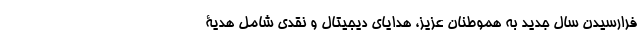
فرارسیدن سال جدید به هموطنان عزیز، هدایای دیجیتال و نقدی شامل هدیۀ